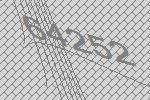
64252